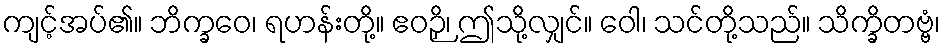
ကျင့်အပ်၏။ ဘိက္ခဝေ၊ ရဟန်းတို့။ ဧဝဉှိ၊ ဤသို့လျှင်။ ဝေါ၊ သင်တို့သည်။ သိက္ခိတဗ္ဗံ၊